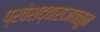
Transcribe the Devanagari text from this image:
प्रवेशद्वाराजवळून